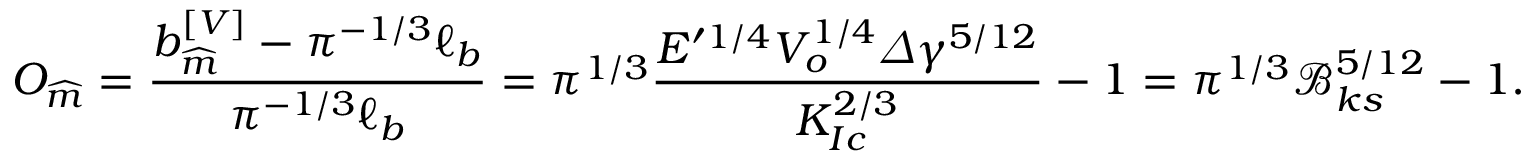
O _ { \widehat { m } } = \frac { b _ { \widehat { m } } ^ { \left[ V \right] } - \pi ^ { - 1 / 3 } \ell _ { b } } { \pi ^ { - 1 / 3 } \ell _ { b } } = \pi ^ { 1 / 3 } \frac { E ^ { \prime 1 / 4 } V _ { o } ^ { 1 / 4 } \varDelta \gamma ^ { 5 / 1 2 } } { K _ { I c } ^ { 2 / 3 } } - 1 = \pi ^ { 1 / 3 } \mathcal { B } _ { k s } ^ { 5 / 1 2 } - 1 .